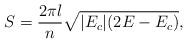
LaTeX: \begin{align*}S=\frac{2\pi l}{n}\sqrt{|E_c|(2E-E_c)},\end{align*}